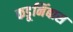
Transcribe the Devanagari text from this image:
कडूनिंबास